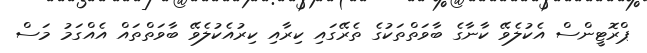
ޕްރޮޓީންސް އެކުލެވޭ ކާނާގެ ބާވަތްތަކުގެ ތެރޭގައި ކިރާއި ކިރުއެކުލެވޭ ބާވަތްތައް އެއްގަމު މަސް